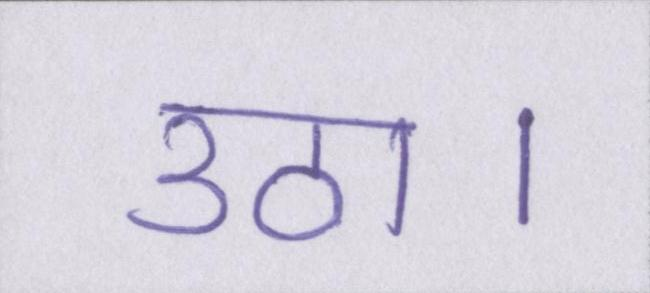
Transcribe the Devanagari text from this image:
उठा।